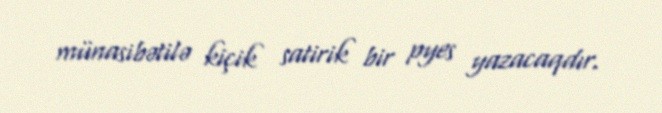
münasibətilə kiçik satirik bir pyes yazacaqdır.